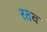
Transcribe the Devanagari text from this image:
रतव